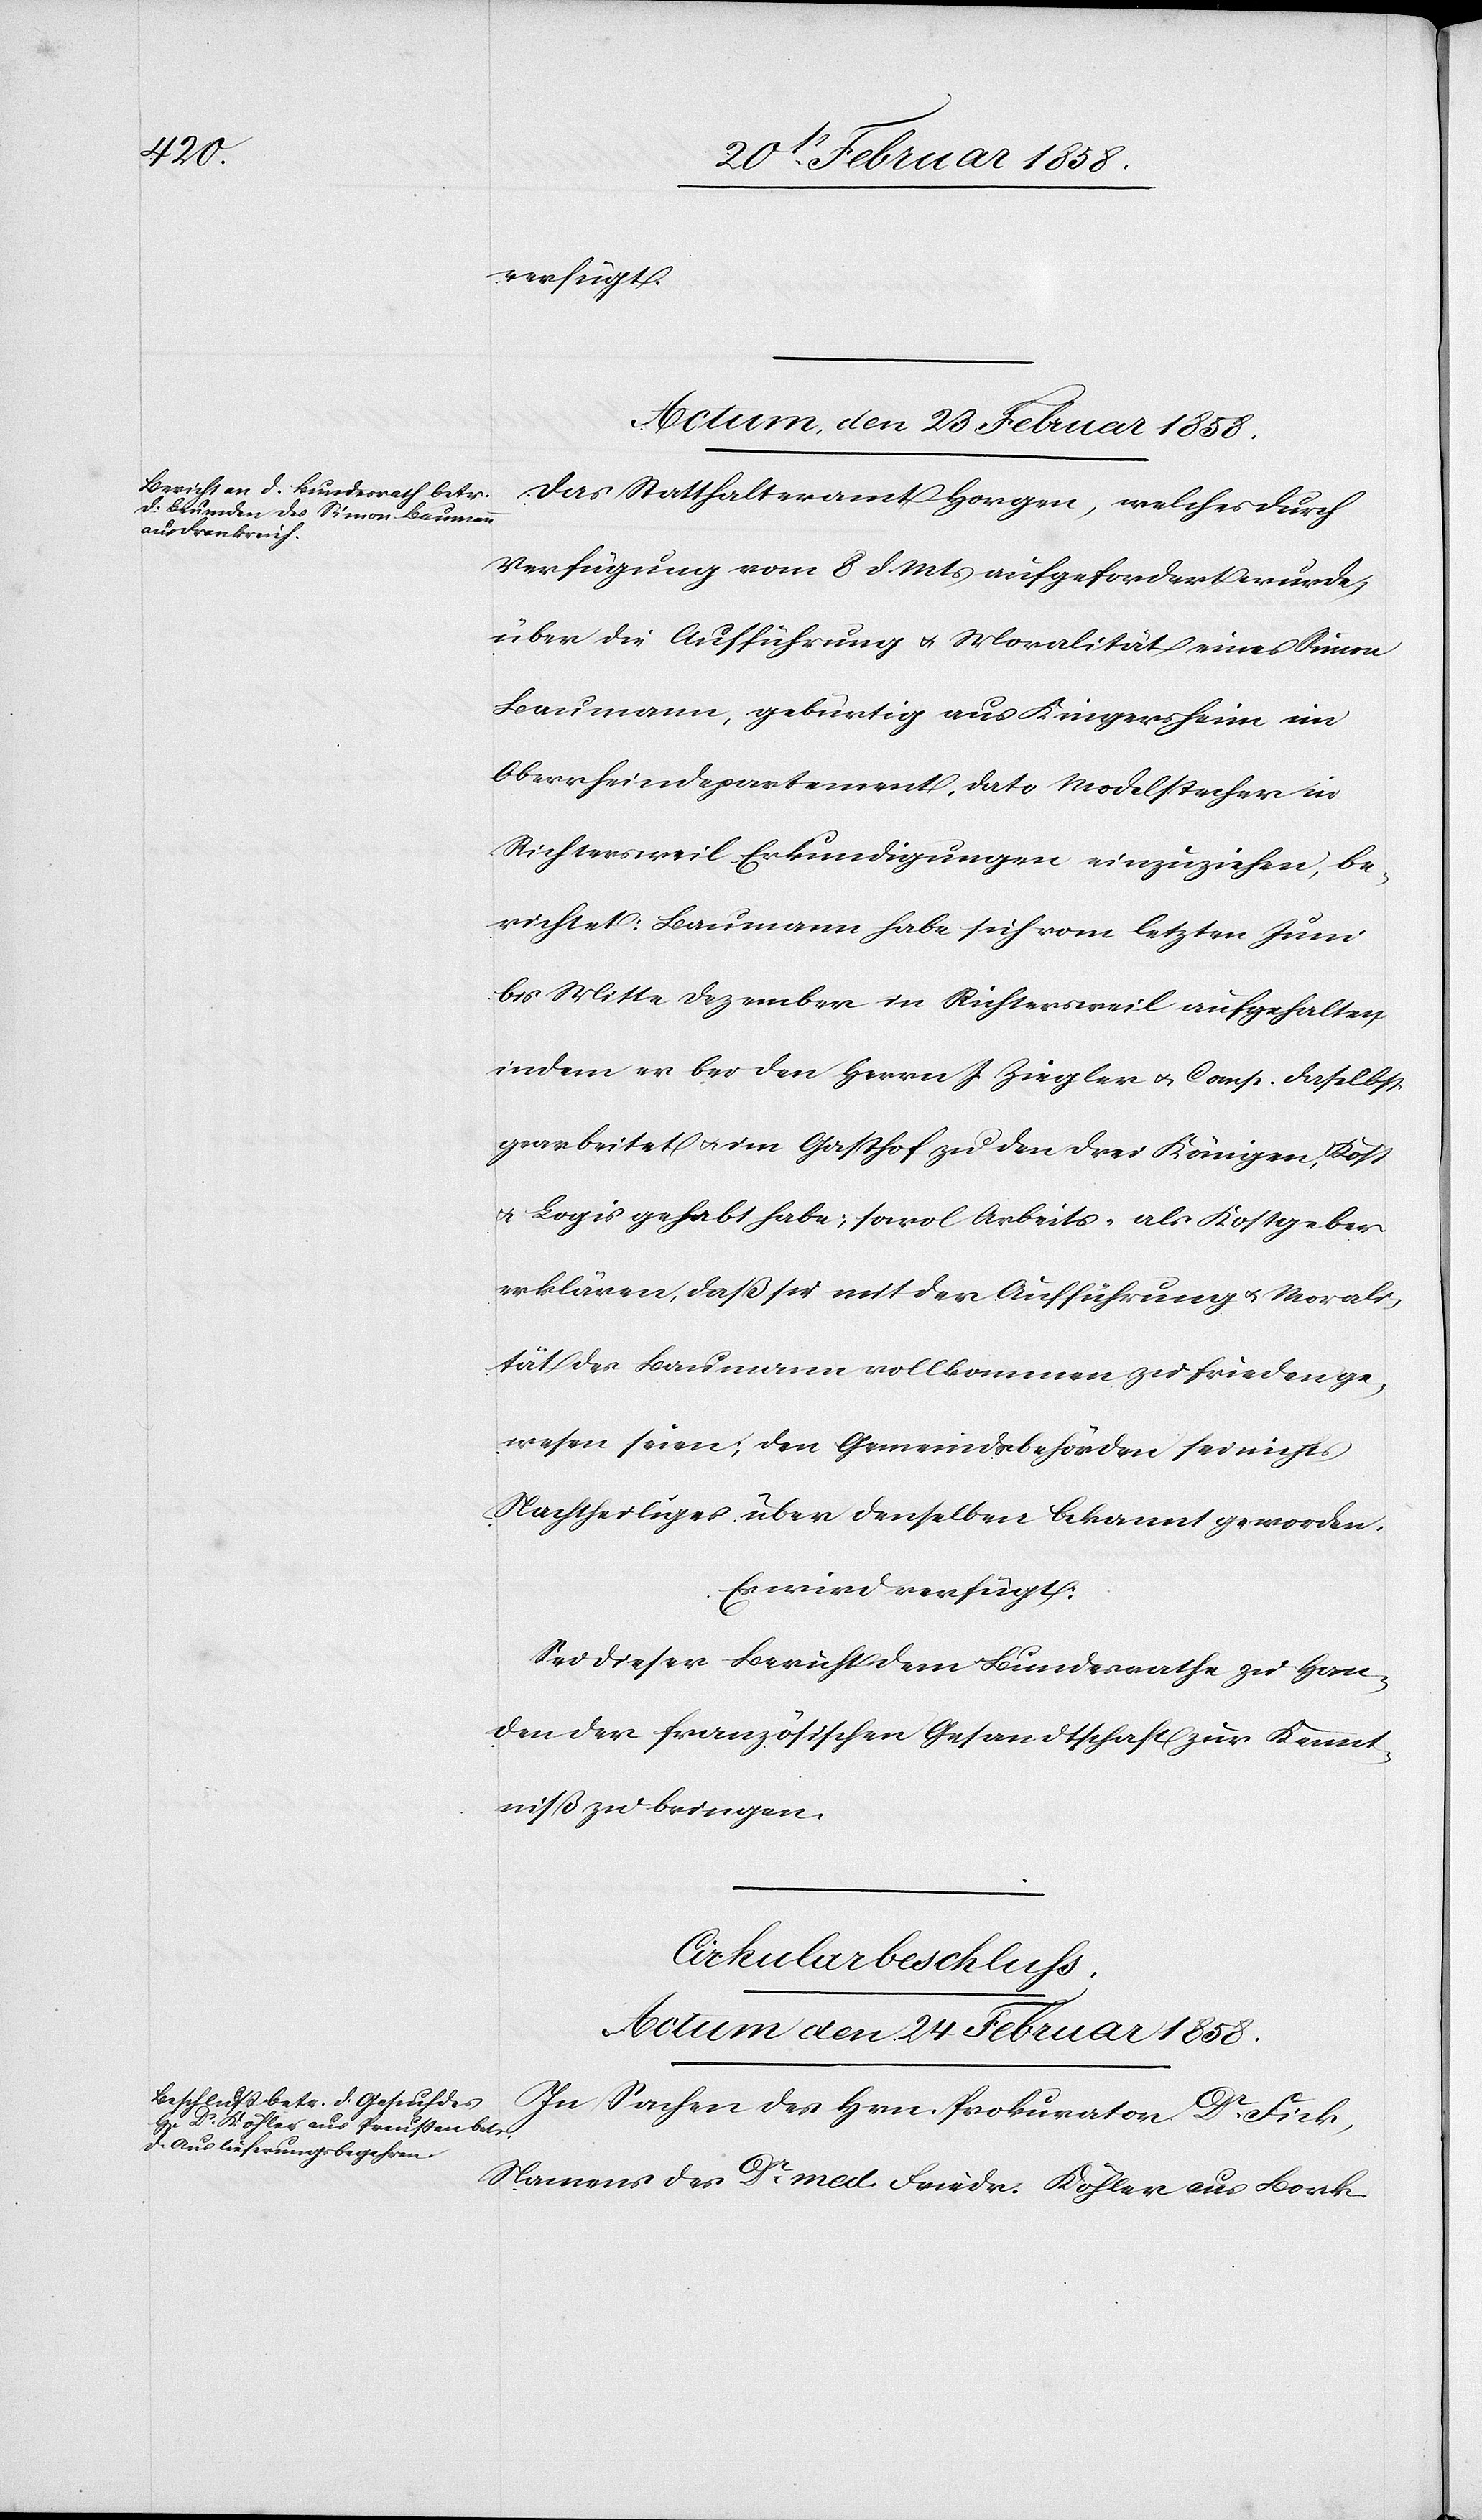
verfügt.
Actum, den 23 Februar 1858.
Das Statthalteramt Horgen, welches durch
Verfügung vom 8 d. Mts aufgefordert wurde,
über die Aufführung u. Moralität eines Simon
Baumann, gebürtig aus Kingersheim im
Oberrheindepartement, dato Modelstecher in
Richtersweil Erkundigungen einzuziehen, be¬
richtet: Baumann habe sich vom letzten Juni
bis Mitte Dezember in Richtersweil aufgehalten,
indem er bei den Herrn J Ziegler & Comp. daselbst
gearbeitet u. im Gasthof zu den drei Königen, Kost
u. Logis gehabt habe; sowol Arbeits- als Kostgeber
erklären, daß sie mit der Aufführung u. Morali¬
tät des Baumann vollkommen zufrieden ge¬
wesen seien; den Gemeindsbehörden sei nichts
Nachtheiliges über denselben bekannt geworden.
Es wird verfügt:
Sei dieser Bericht dem Bundesrathe zu Han¬
den der französischen Gesandtschaft zur Kennt¬
niß zu bringen.
Cirkularbeschluss.
Actum den 24 Februar 1858.
In Sachen des Hrn. Prokurator Dr Fick,
Namens des Dr med. Friedr. Köhler aus Bork